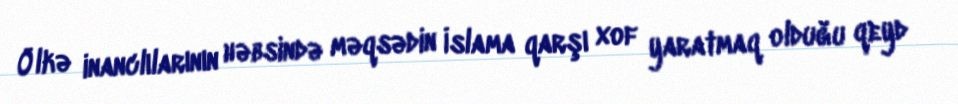
Ölkə inanclılarının həbsində məqsədin İslama qarşı xof yaratmaq olduğu qeyd